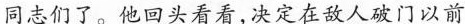
同志们了。他回头看看，决定在敌人破门以前